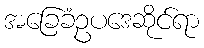
အခြေခံဥပဒေဆိုင်ရာ